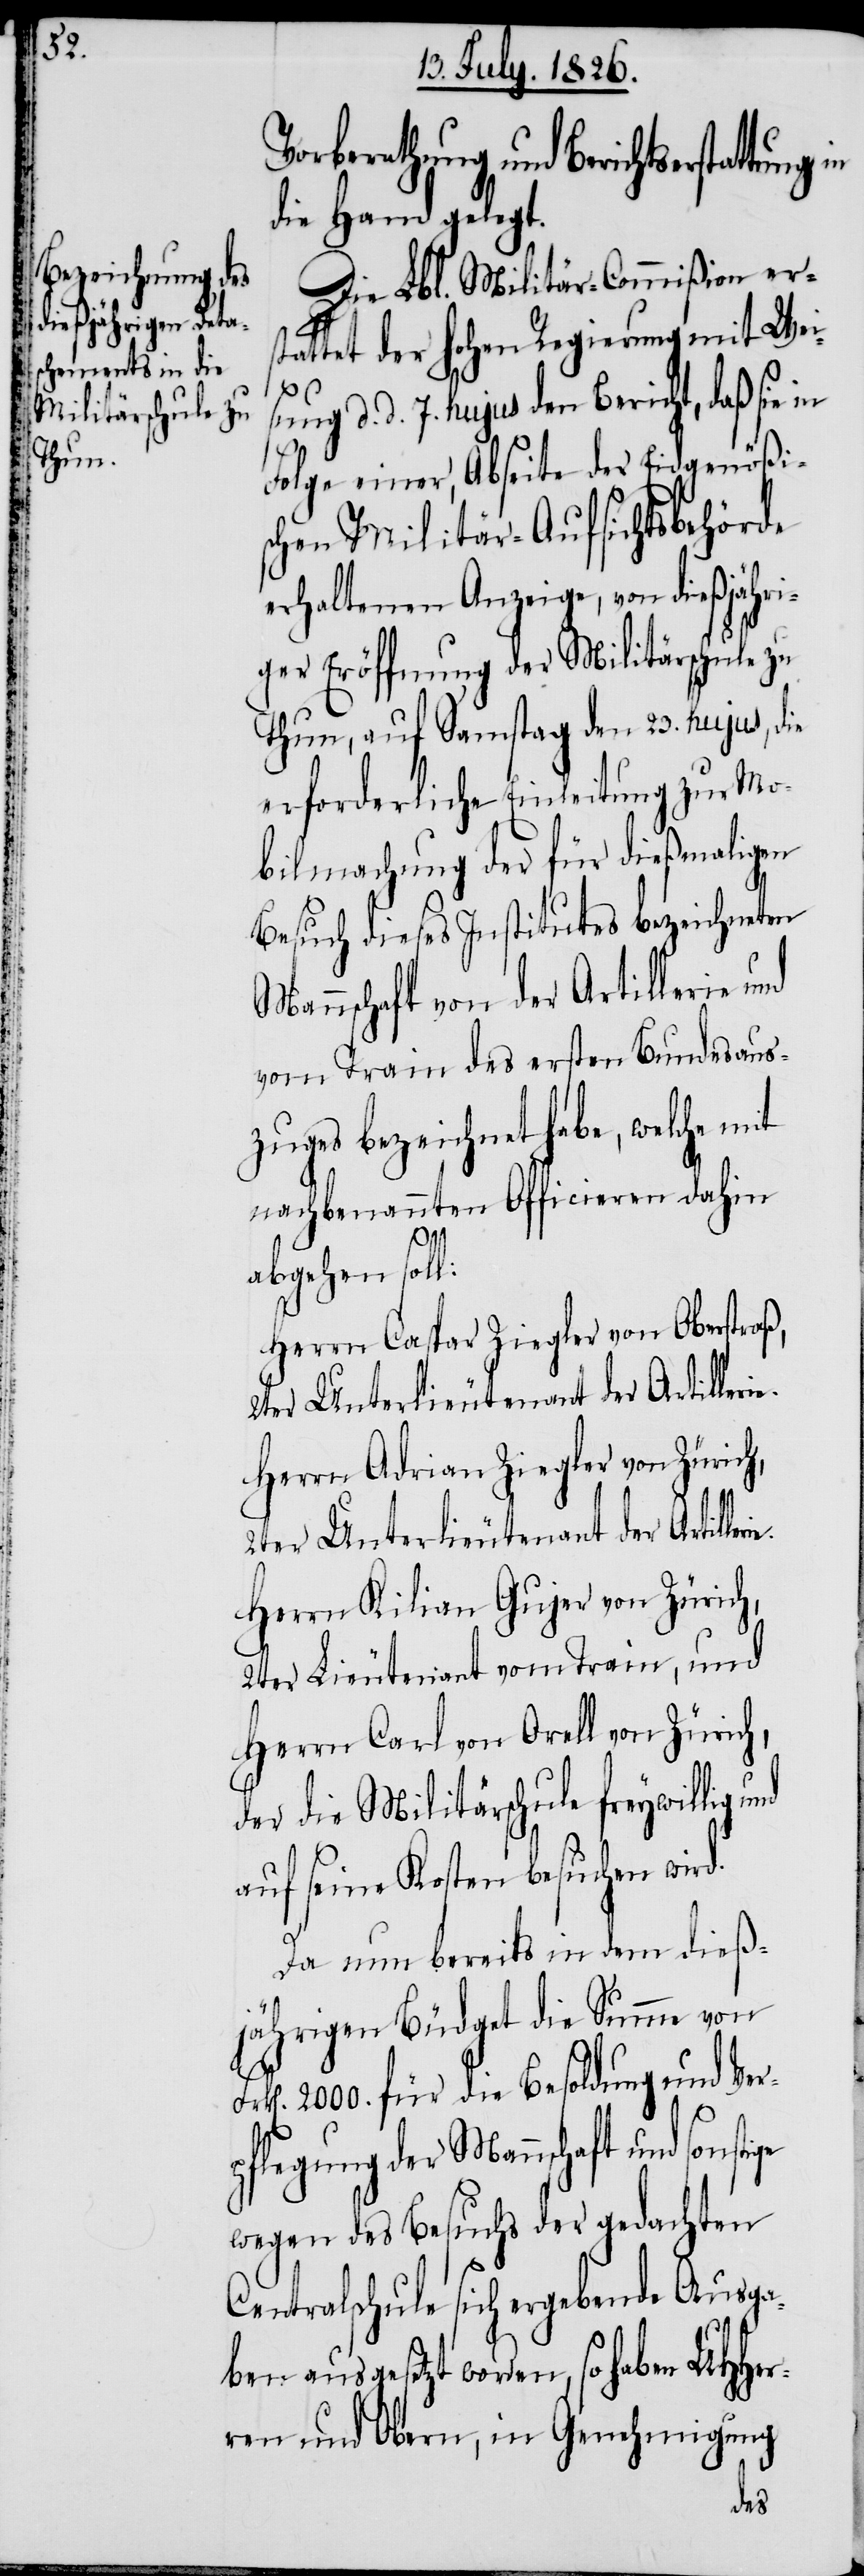
sun¬

Vorberathung und Berichtserstat¬
die Hand gelegt.
Die Lbl. Militär-Commißion ers¬
tattet der hohen Regierung mit Wei¬
g d. d. 7. hujus den Bericht, daß sie
Folge einer, Abseite der Eidgenößi¬
schen Militär-Aufsichtsbehörde
erhaltenen Anzeige, von dießjähri¬
ger Eröffnung der Militärschule zu
Thun, auf Samstag den 23. hujus, die
erforderliche Einleitung zur Mo¬
bilmachung der für dießmaligen
Besuch dieses Institutes bezeichneten
Mannschaft von der Artillerie und
vom Train des ersten Bundesaus¬
zuges bezeichnet habe, welche mit
nachbenannten Officieren dahin
ge
abgehen soll:
Herrn Caspar Ziegler von Oberstraß,
2ter Unterlieutenant der Artilleri¬
Herrn Adrian Ziegler von Zürich,
Herrn Kilian Gujer von Zürich,
2ter Lieutenant vom Train, und
Herrn Carl von Orell von Zürich,
der die Militärschule freywillig
auf seine Kosten besuchen wird.
Da nun bereits in dem dieß¬
jährigen Büdget die Summe von
2000. für die Besoldung und Ver¬
pflegung der Mannschaft und sonsti¬
wegen des Besuchs der gedachten
Centralschule sich ergebende Ausga¬
ben ausgesetzt worden, so haben MHHer¬
ren und Obern, in Genehmigung